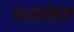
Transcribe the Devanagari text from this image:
बध्दकोष्टता